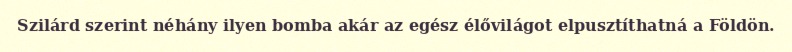
Szilárd szerint néhány ilyen bomba akár az egész élővilágot elpusztíthatná a Földön.